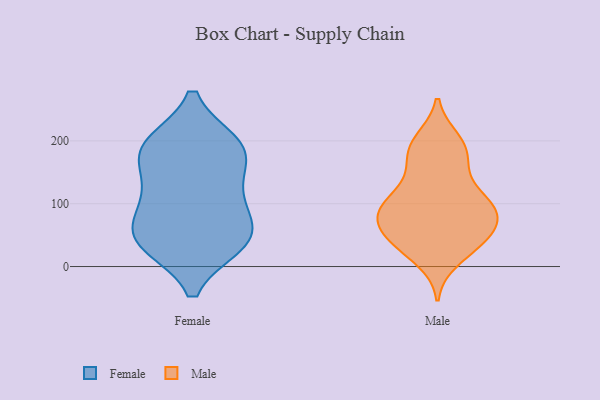
{"axis": {"x": "Churn Rate (%)", "y": "Value"}, "legend": ["Female", "Male"], "data": [{"x": "", "y": 98, "type": "Female"}, {"x": "", "y": 195, "type": "Female"}, {"x": "", "y": 189, "type": "Female"}, {"x": "", "y": 160, "type": "Female"}, {"x": "", "y": 47, "type": "Female"}, {"x": "", "y": 41, "type": "Female"}, {"x": "", "y": 36, "type": "Female"}, {"x": "", "y": 187, "type": "Female"}, {"x": "", "y": 55, "type": "Female"}, {"x": "", "y": 100, "type": "Female"}, {"x": "", "y": 125, "type": "Female"}, {"x": "", "y": 194, "type": "Female"}, {"x": "", "y": 36, "type": "Female"}, {"x": "", "y": 38, "type": "Male"}, {"x": "", "y": 96, "type": "Male"}, {"x": "", "y": 183, "type": "Male"}, {"x": "", "y": 158, "type": "Male"}, {"x": "", "y": 50, "type": "Male"}, {"x": "", "y": 36, "type": "Male"}, {"x": "", "y": 13, "type": "Male"}, {"x": "", "y": 48, "type": "Male"}, {"x": "", "y": 105, "type": "Male"}, {"x": "", "y": 92, "type": "Male"}, {"x": "", "y": 200, "type": "Male"}, {"x": "", "y": 41, "type": "Male"}, {"x": "", "y": 84, "type": "Male"}, {"x": "", "y": 134, "type": "Male"}, {"x": "", "y": 82, "type": "Male"}, {"x": "", "y": 85, "type": "Male"}, {"x": "", "y": 76, "type": "Male"}, {"x": "", "y": 104, "type": "Male"}, {"x": "", "y": 183, "type": "Male"}, {"x": "", "y": 194, "type": "Male"}]}